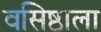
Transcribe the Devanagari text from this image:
वसिष्ठाला